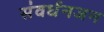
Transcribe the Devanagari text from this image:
संवर्धनजन